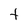
Character: t